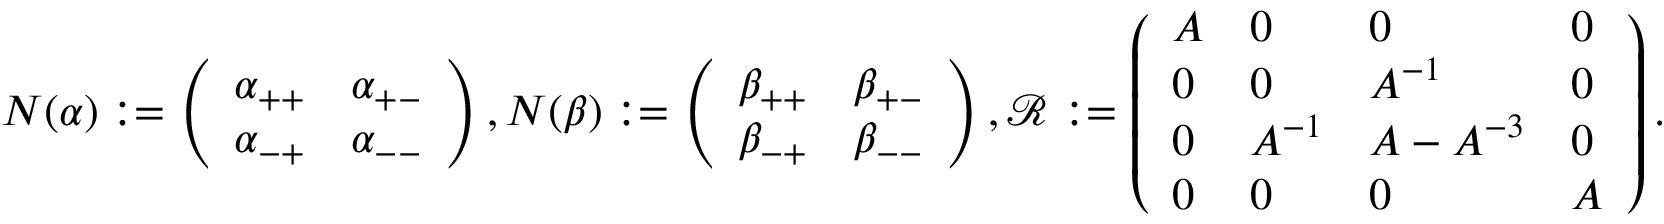
N ( \alpha ) : = \left( \begin{array} { l l } { \alpha _ { + + } } & { \alpha _ { + - } } \\ { \alpha _ { - + } } & { \alpha _ { -- } } \end{array} \right) , N ( \beta ) : = \left( \begin{array} { l l } { \beta _ { + + } } & { \beta _ { + - } } \\ { \beta _ { - + } } & { \beta _ { -- } } \end{array} \right) , \mathscr { R } : = \left( \begin{array} { l l l l } { A } & { 0 } & { 0 } & { 0 } \\ { 0 } & { 0 } & { A ^ { - 1 } } & { 0 } \\ { 0 } & { A ^ { - 1 } } & { A - A ^ { - 3 } } & { 0 } \\ { 0 } & { 0 } & { 0 } & { A } \end{array} \right) .